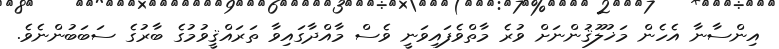
އިންސާނާ އެހެން މަޚުލޫޤުންނަށް ވުރެ މާތްވެފައިވަނީ ވެސް މާއްދާގައިވާ ތަރައްޤީވުމުގެ ބާރުގެ ސަބަބުންނެވެ.